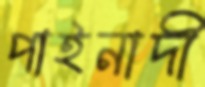
পাইনাদী